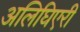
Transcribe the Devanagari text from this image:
अलिघिएरी